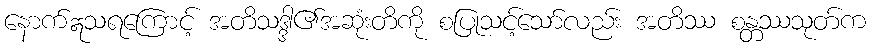
နောက်ဣသရကြောင့် အတိသဒ္ဒါ၏အဆုံးတိကို စပြုသင့်သော်လည်း အတိဿ စန္တဿသုတ်က